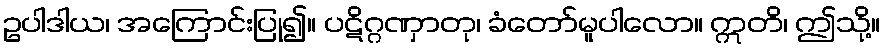
ဥပါဒါယ၊ အကြောင်းပြု၍။ ပဋိဂ္ဂဏှာတု၊ ခံတော်မူပါလော။ ဣတိ၊ ဤသို့။